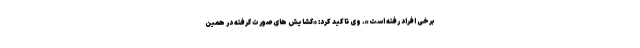
برخی افراد رفته است». وی تاکید کرد: «گشایش های صورت گرفته در همین